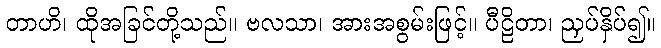
တာဟိ၊ ထိုအခြင်တို့သည်။ ဗလသာ၊ အားအစွမ်းဖြင့်။ ပီဠိတာ၊ ညှပ်နှိပ်၍။